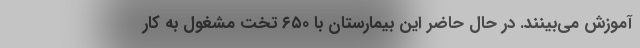
آموزش می‌بینند. در حال حاضر این بیمارستان با ۶۵۰ تخت مشغول به کار